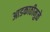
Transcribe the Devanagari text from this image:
आडकाठीमुळे